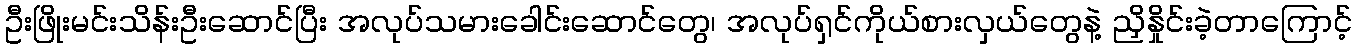
ဦးဖြိုးမင်းသိန်းဦးဆောင်ပြီး အလုပ်သမားခေါင်းဆောင်တွေ၊ အလုပ်ရှင်ကိုယ်စားလှယ်တွေနဲ့ ညှိနှိုင်းခဲ့တာကြောင့်